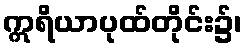
ဣရိယာပုထ်တိုင်း၌၊